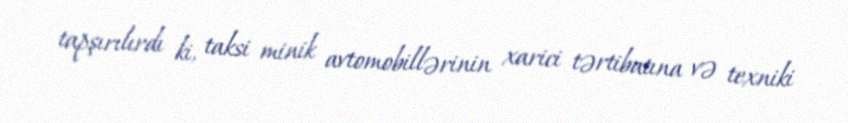
tapşırılırdı ki, taksi minik avtomobillərinin xarici tərtibatına və texniki